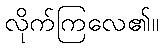
လိုက်ကြလေ၏။